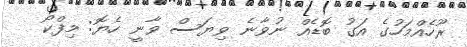
ރޫހެއްމަހުގެ އަގު ބޮޑެއް ނުވާނެ ވިޔަސް ވާނީ ހެޔޮ: މިފްކޯ